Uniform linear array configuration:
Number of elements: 24
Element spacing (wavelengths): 0.5
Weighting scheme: uniform
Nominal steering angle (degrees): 0
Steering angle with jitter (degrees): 0.9935
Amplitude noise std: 0.05
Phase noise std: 0.05

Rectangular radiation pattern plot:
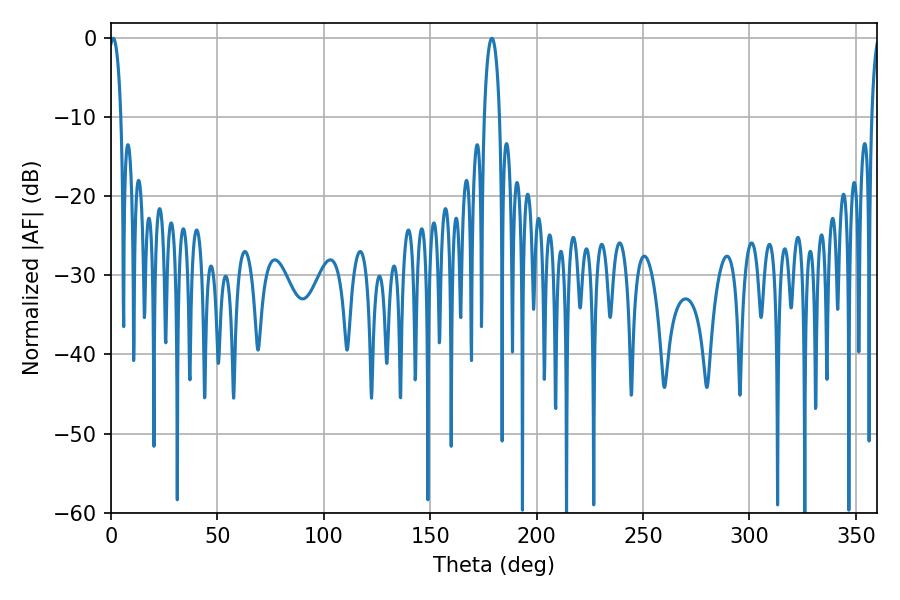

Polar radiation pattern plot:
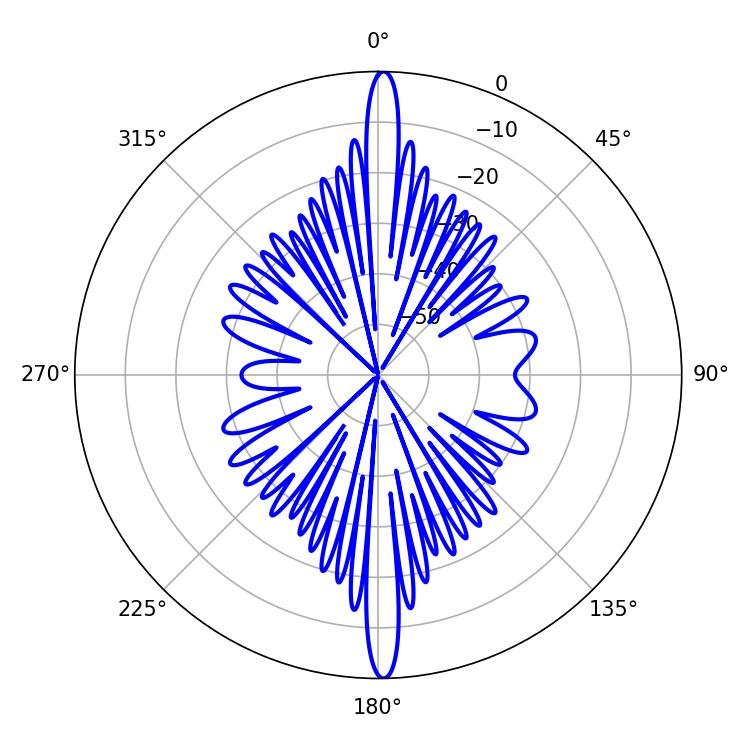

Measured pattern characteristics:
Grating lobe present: FALSE
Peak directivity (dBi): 28.163
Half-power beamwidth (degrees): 3.06
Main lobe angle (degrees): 1.08